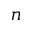
n